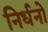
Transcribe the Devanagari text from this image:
निर्धनो